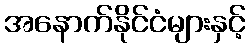
အနောက်နိုင်ငံများနှင့်